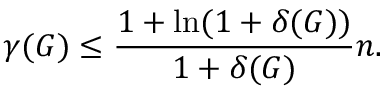
\gamma ( G ) \leq \frac { 1 + \ln ( 1 + \delta ( G ) ) } { 1 + \delta ( G ) } n .